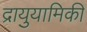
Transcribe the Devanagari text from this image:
द्रायुयामिकी